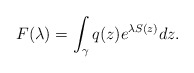
\begin{align*}F(\lambda) =\int_{\gamma} q(z)e^{\lambda S(z)}dz.\end{align*}